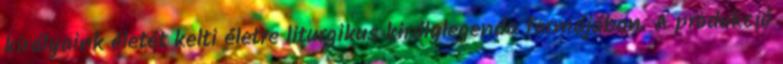
királyaink életét kelti életre liturgikus királylegenda formájában. A produkció